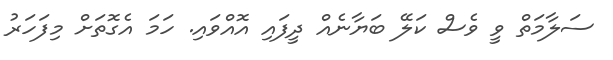
ސަލާމަތް ވީ ވެސް ކަލޭ ބަޔާނެއް ދީފައި އޮއްވައި. ހަމަ އެގޮތަށް މިފަހަރު